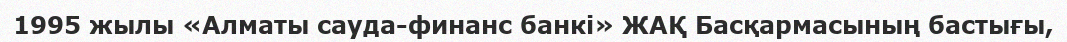
1995 жылы «Алматы сауда-финанс банкі» ЖАҚ Басқармасының бастығы,